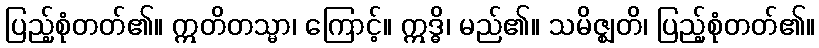
ပြည့်စုံတတ်၏။ ဣတိတသ္မာ၊ ကြောင့်။ ဣဒ္ဓိ၊ မည်၏။ သမိဇ္ဈတိ၊ ပြည့်စုံတတ်၏။